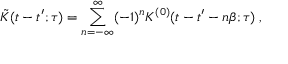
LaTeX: \tilde { K } ( t - t ^ { \prime } ; \tau ) = \sum _ { n = - \infty } ^ { \infty } ( - 1 ) ^ { n } K ^ { ( 0 ) } ( t - t ^ { \prime } - n \beta ; \tau ) \; ,